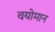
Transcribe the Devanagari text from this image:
वयोमान